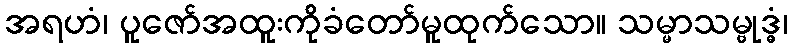
အရဟံ၊ ပူဇော်အထူးကိုခံတော်မူထုက်သော။ သမ္မာသမ္ဗုဒ္ဓံ၊